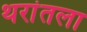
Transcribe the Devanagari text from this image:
थरांतला